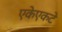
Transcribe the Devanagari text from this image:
एकेएकटे